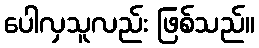
ပေါလှသူလည်း ဖြစ်သည်။